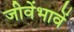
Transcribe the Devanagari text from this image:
जीवेंभावें